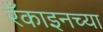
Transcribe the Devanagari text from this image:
रँकाइनच्या